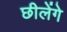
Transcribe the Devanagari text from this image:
छीलेंगे